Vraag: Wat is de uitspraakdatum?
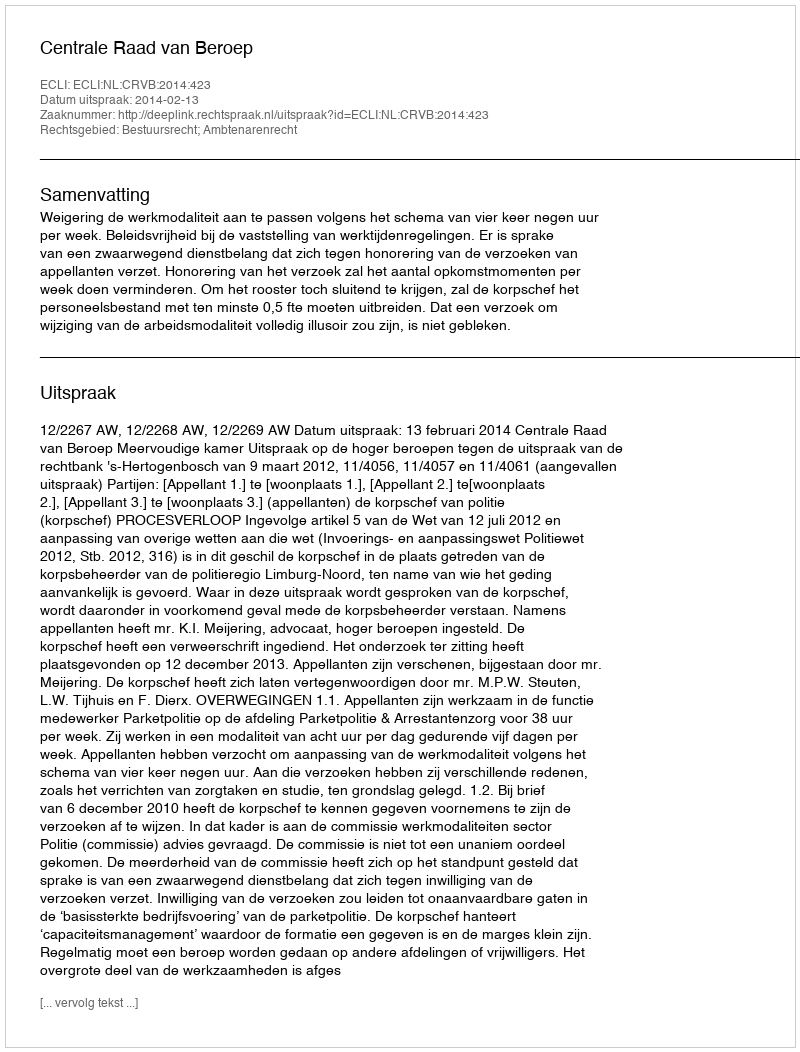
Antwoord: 2014-02-13